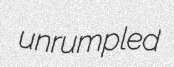
unrumpled